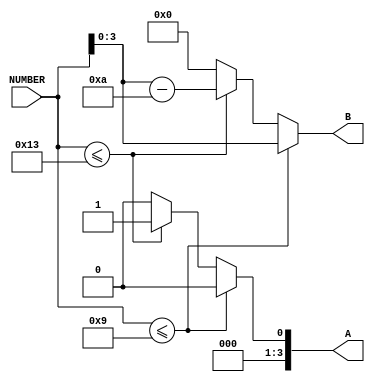
module WT_SEP_M(
NUMBER,A,B);

input [6:0] NUMBER;
output [3:0]A,B;

reg [3:0]A,B;

always @(NUMBER)
begin
	if(NUMBER <=9)
		begin
			A=0;
			B=NUMBER[3:0];
		end
	else if(NUMBER <=19)
		begin
			A=1;
			B=NUMBER -10;
		end
	else 
		begin
			A=0;
			B=0;
		end
end

endmodule